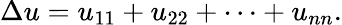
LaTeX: \Delta u=u_{11}+u_{22}+\cdots+u_{nn}.